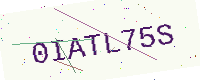
Text: 0IATL75S